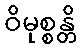
ဝိမုစ္စန္တိ